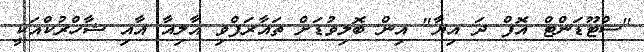
"ސްޓޫޑަންޓް އޮފް ދަ އިޔާ" އިން ބޮލިވުޑަށް ތައާރަފްވި އާލިއާ އާއި ޝާހްރުކްއަކީ